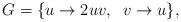
LaTeX: \begin{align*} G=\{ u \rightarrow 2uv, \;\; v \rightarrow u\},\end{align*}